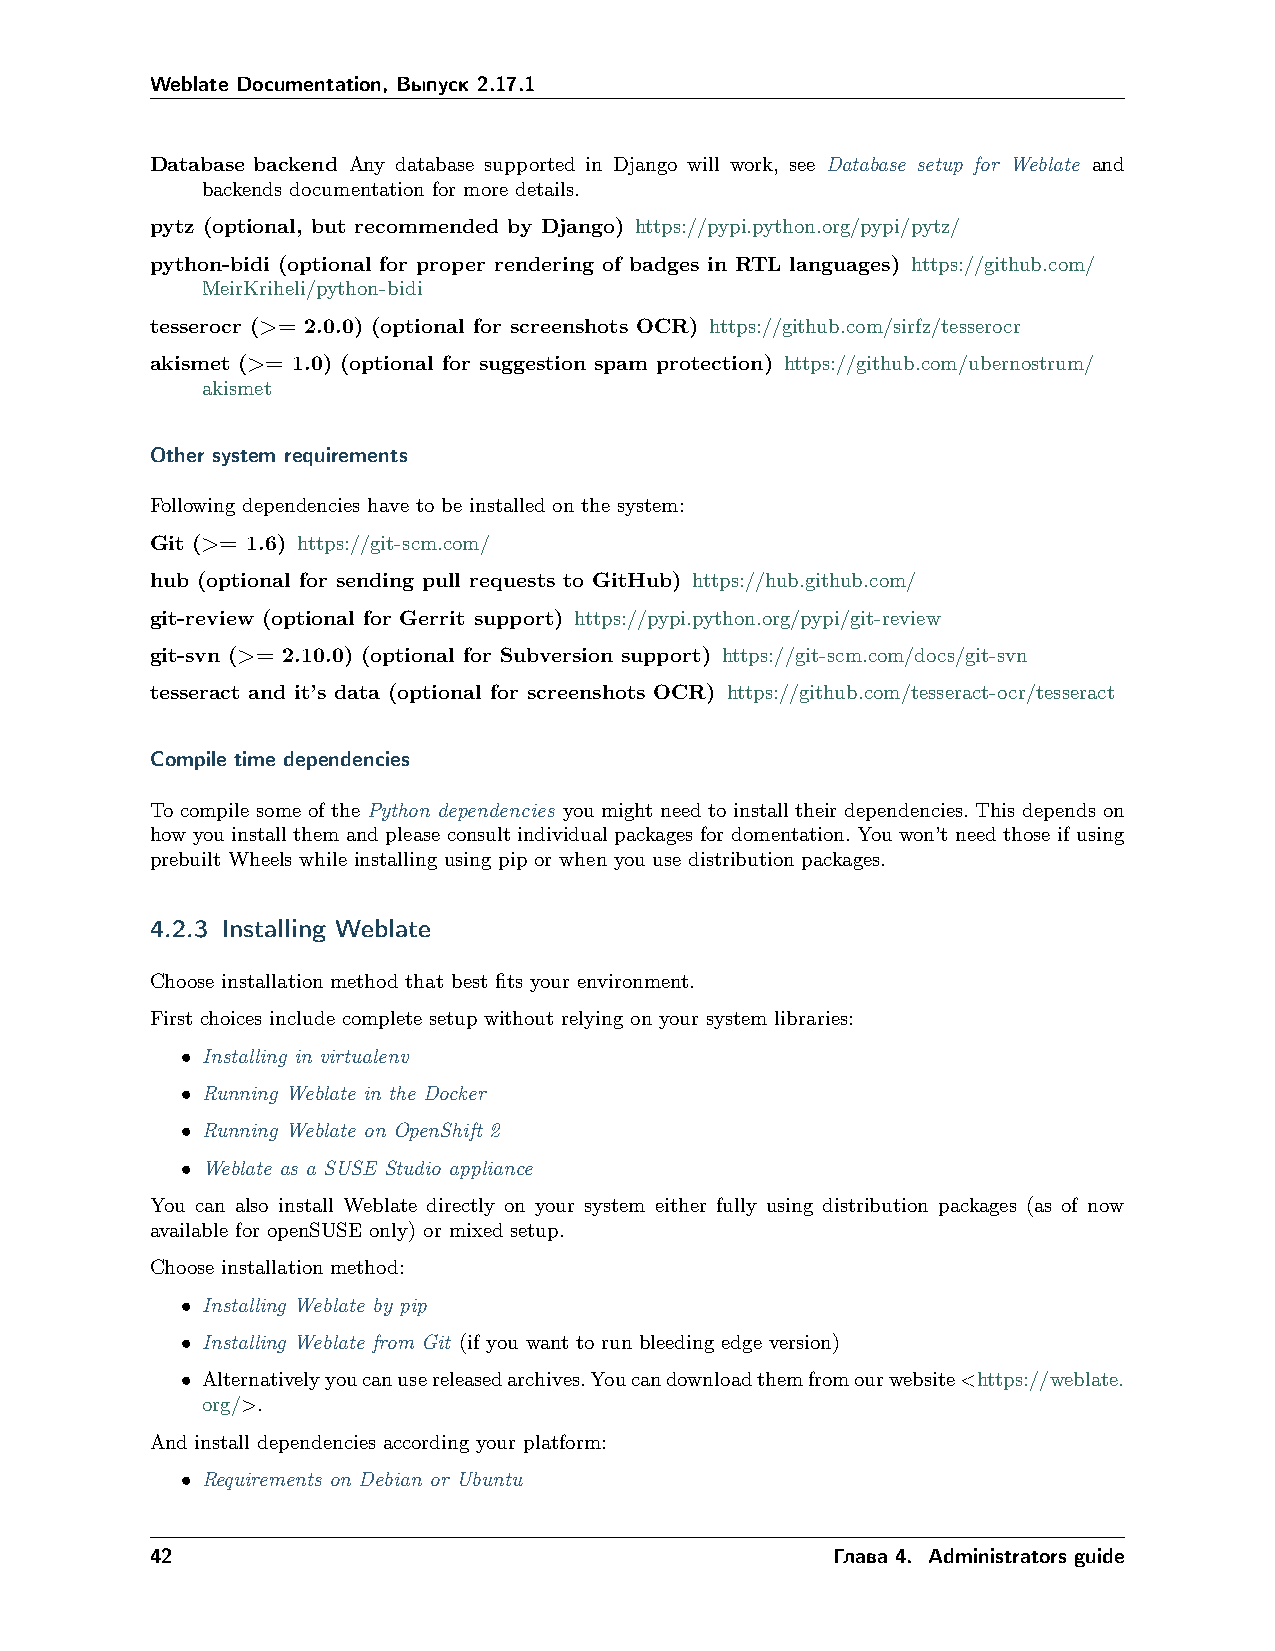
Weblate Documentation, Выпуск 2.17.1
 Database backend Any database supported in Django will work, see Database setup for Weblate and
 backends documentation for more details.
 pytz (optional, but recommended by Django) https://pypi.python.org/pypi/pytz/
 python-bidi (optional for proper rendering of badges in RTL languages) https://github.com/
 MeirKriheli/python-bidi
 tesserocr (>= 2.0.0) (optional for screenshots OCR) https://github.com/sirfz/tesserocr
 akismet (>= 1.0) (optional for suggestion spam protection) https://github.com/ubernostrum/
 akismet
 Other system requirements
 Following dependencies have to be installed on the system:
 Git (>= 1.6) https://git-scm.com/
 hub (optional for sending pull requests to GitHub) https://hub.github.com/
 git-review (optional for Gerrit support) https://pypi.python.org/pypi/git-review
 git-svn (>= 2.10.0) (optional for Subversion support) https://git-scm.com/docs/git-svn
 tesseract and it’s data (optional for screenshots OCR) https://github.com/tesseract-ocr/tesseract
 Compile time dependencies
 To compile some of the Python dependencies you might need to install their dependencies. This depends on
 how you install them and please consult individual packages for domentation. You won’t need those if using
 prebuilt Wheels while installing using pip or when you use distribution packages.
 4.2.3 Installing Weblate
 Choose installation method that best fits your environment.
 First choices include complete setup without relying on your system libraries:
 • Installing in virtualenv
 • Running Weblate in the Docker
 • Running Weblate on OpenShift 2
 • Weblate as a SUSE Studio appliance
 You can also install Weblate directly on your system either fully using distribution packages (as of now
 available for openSUSE only) or mixed setup.
 Choose installation method:
 • Installing Weblate by pip
 • Installing Weblate from Git (if you want to run bleeding edge version)
 • Alternativelyyoucanusereleasedarchives.Youcandownloadthemfromourwebsite<https://weblate.
 org/>.
 And install dependencies according your platform:
 • Requirements on Debian or Ubuntu
 42                                           Глава 4. Administrators guide